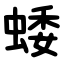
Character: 蜲